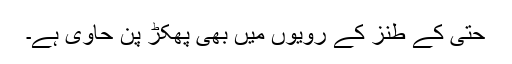
حتی کے طنز کے رویوں میں بھی پھکڑ پن حاوی ہے۔